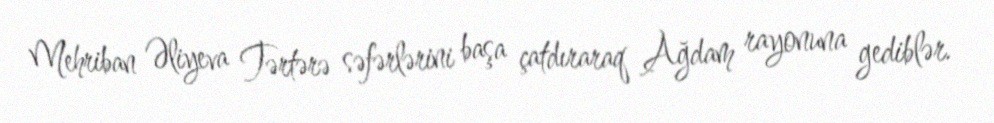
Mehriban Əliyeva Tərtərə səfərlərini başa çatdıraraq Ağdam rayonuna gediblər.